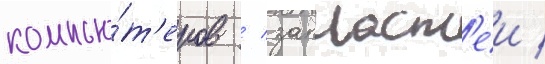
компью́т'еров / запчаст'еи /